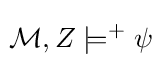
\!{\mathcal {M}},Z\models ^{+}\psi